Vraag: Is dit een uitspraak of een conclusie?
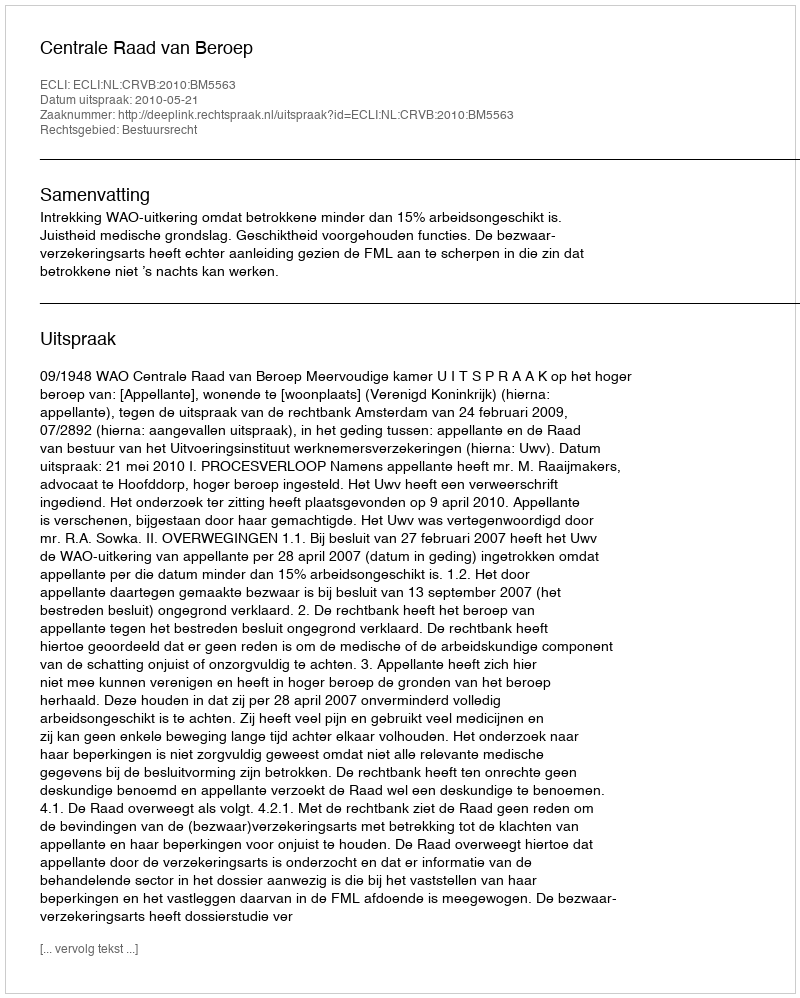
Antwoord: Uitspraak